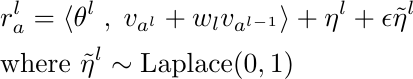
\begin{align*}
    &r_{a}^l = \langle \theta^l\; , \; v_{a^l} + w_l v_{{a}^{l-1}} \rangle + \eta^l + \epsilon \Tilde{\eta}^l\\
    &\text{where } \Tilde{\eta}^l \sim \text{Laplace}(0, 1)
\end{align*}